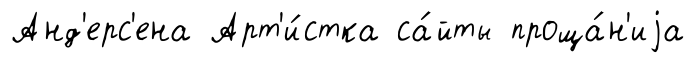
Анд'ерс'ена Арт'и́стка са́йты проща́н'иjа